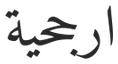
ارجحية